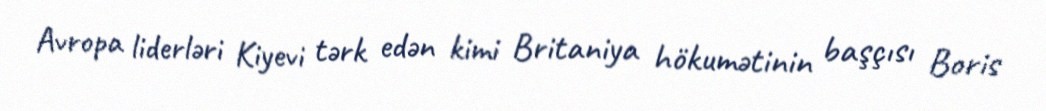
Avropa liderləri Kiyevi tərk edən kimi Britaniya hökumətinin başçısı Boris